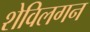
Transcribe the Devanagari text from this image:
शेविलगन